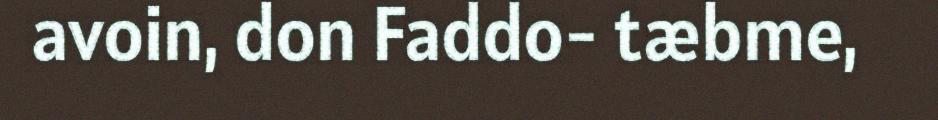
avoin, don Faddo- tæbme,